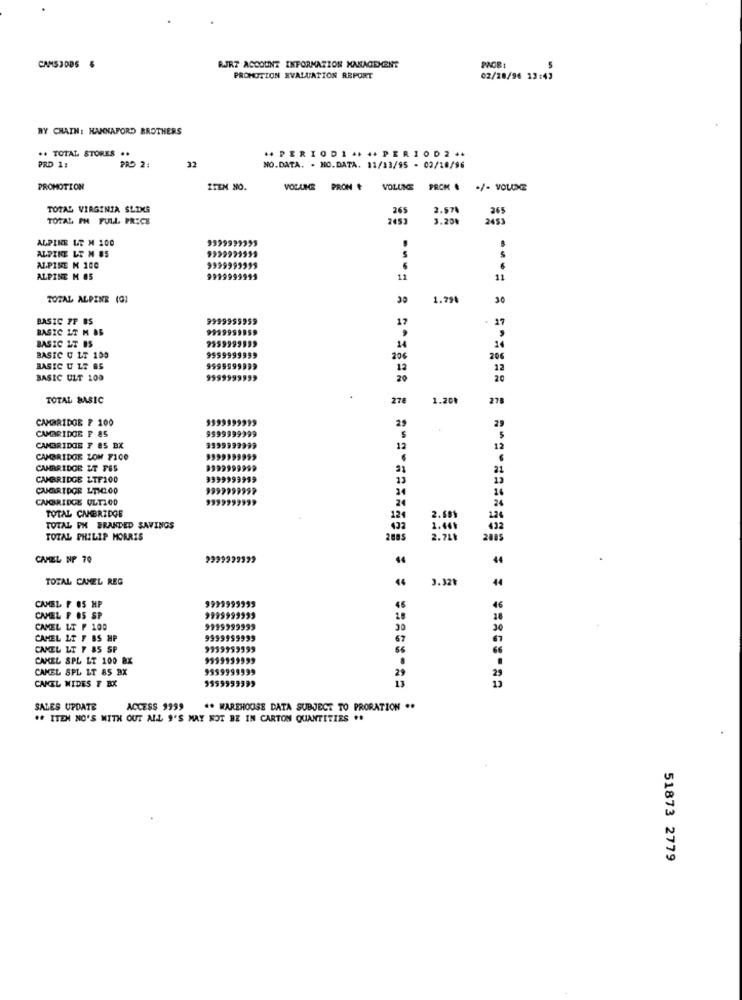
CAMS3005 5
RJRT ACCOUNT INFORMATION MANAGEMENT
PROMOTION EVALUATION REPORT
02/28/96 23:43
BY CHAIN: HANNAFORD BROTHERS
.. TOTAL STORES
PRO 2:
+4 PERIODI ++ ++ PERIOD2 **
PRD 1:
32
NO.DATA. . NO.DATA. 11/13/95 - 03/10/96
PROMOTION
ITEM NO.
VOLUME PRON #
VOLUNCE
PROM .
./- VOLONE
TOTAL VIRGINIA SLIMS
265
2.574
265
TOTAL PH FULL PRICE
2453
3.20%
2453
ALPINE LT M 100
9399999395
ALPINE LT M 85
ALPINE M 100
9999999999
ALPINE M OS
9999999993
11
11
TOTAL ALPINE (G]
30
1.79%
30
BASIC FF BS
9999955959
17
BASIC LT M 85
999999959
17
.
7359993339
BASIC LT IS
9599999999
14
BASIC U LT 105
206
206
BASIC U LT 85
9599999999
12
12
BASIC ULT 100
95999999
20
20
TOTAL BASIC
278
1.20%
278
CAMBRIDGE & 100
9599999999
29
CAMBRIDGE F 85
9599999999
29
$
CAMBRIDGE F 85 BX
3399999999
12
12
CAMBRIDGE LOW F100
CAMBRIDGE LT FES
9999999999
21
21
CAMBRIDGE LTF100
9999999999
13
13
CAMBRIDGE LTHCG0
9999999999
24
CAMBRIDGE ULT100
9999999999
24
24
16
TOTAL CAMBRIDGE
124
2.689
124
TOTAL PH BRANDED SAVINGS
432
3.461
432
TOTAL PHILIP MORRIS
2.75₺
2085
CAMEL NF 70
9999999999
44
TOTAL CAMEL REG
3.32₺
9999999993
CAMEL F OS HP
CAMEL F OS SP
9999999999
28
CAMEL LT P 100
9999999933
30
CAMEL LT F BS HP
9999999993
67
CAMEL LT F 85 SP
9999999999
66
66
CAKEL SPL LT 100 BX
9599939999
CAMEL SPL LT 85 BX
999999
1999
29
CANEL WIDES F BX
9599999393
13
SALES UPDATE
ACCESS 9999
** WAREHOUSE DATA SUBJECT TO PRORATION ..
## ITEM NO'S WITH OUT ALL "'S MAY NOT BE IN CARTON QUANTITIES ..
51873 2779